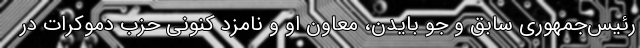
رئیس‌جمهوری سابق و جو بایدن، معاون‌ او و نامزد کنونی حزب دموکرات در